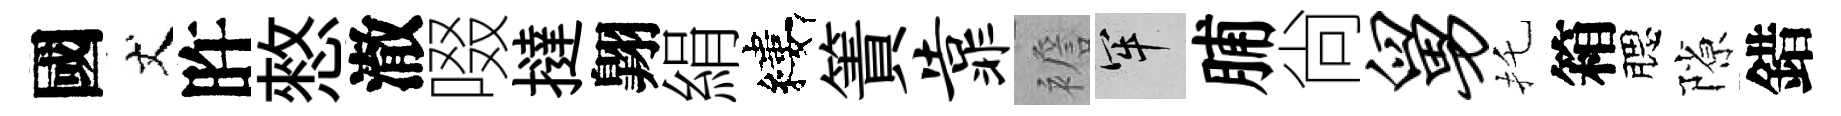
國丈旿憗澈啜撻翺絹縷簀靠襜牢脯尙舅托箱腮隙錯